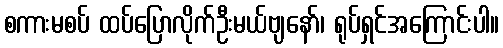
စကားမစပ် ထပ်ပြောလိုက်ဦးမယ်ဗျနော်၊ ရုပ်ရှင်အကြောင်းပါ။